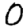
Digit: 0